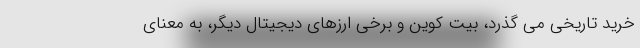
خرید تاریخی می گذرد، بیت کوین و برخی ارزهای دیجیتال دیگر، به معنای